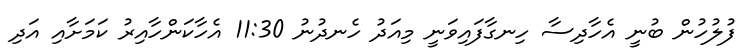
ފުލުހުން ބުނީ އެހާދިސާ ހިނގާފައިވަނީ މިއަދު ހެނދުނު 11:30 އެހާކަންހާއިރު ކަމަށާއި އަދި